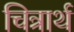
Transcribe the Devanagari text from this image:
चित्रार्थ